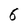
Character: 6